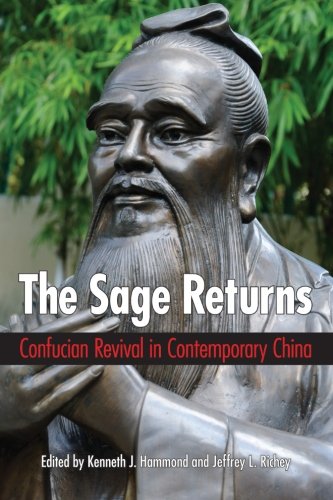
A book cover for Sage Returns, The: Confucian Revival in Contemporary China (SUNY series in Chinese Philosophy and Culture); Religion & Spirituality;